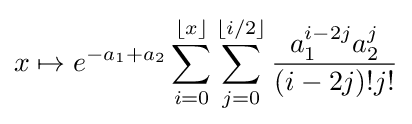
x\mapsto e^{-a_{1}+a_{2}}\sum _{i=0}^{\lfloor x\rfloor }\sum _{j=0}^{\lfloor i/2\rfloor }{\frac {a_{1}^{i-2j}a_{2}^{j}}{(i-2j)!j!}}